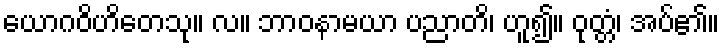
ယောဂဝိဟိတေသု။ လ။ ဘာဝနာမယာ ပညာတိ၊ ဟူ၍။ ဝုတ္တံ၊ အပ်၏။